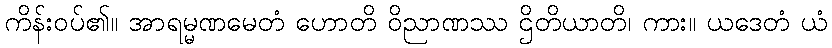
ကိန်းဝပ်၏။ အာရမ္မဏမေတံ ဟောတိ ဝိညာဏဿ ဌိတိယာတိ၊ ကား။ ယဒေတံ ယံ